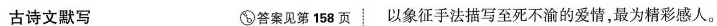
古诗文默写 答案见第158页 以象征手法描写至死不渝的爱情，最为精彩感人。